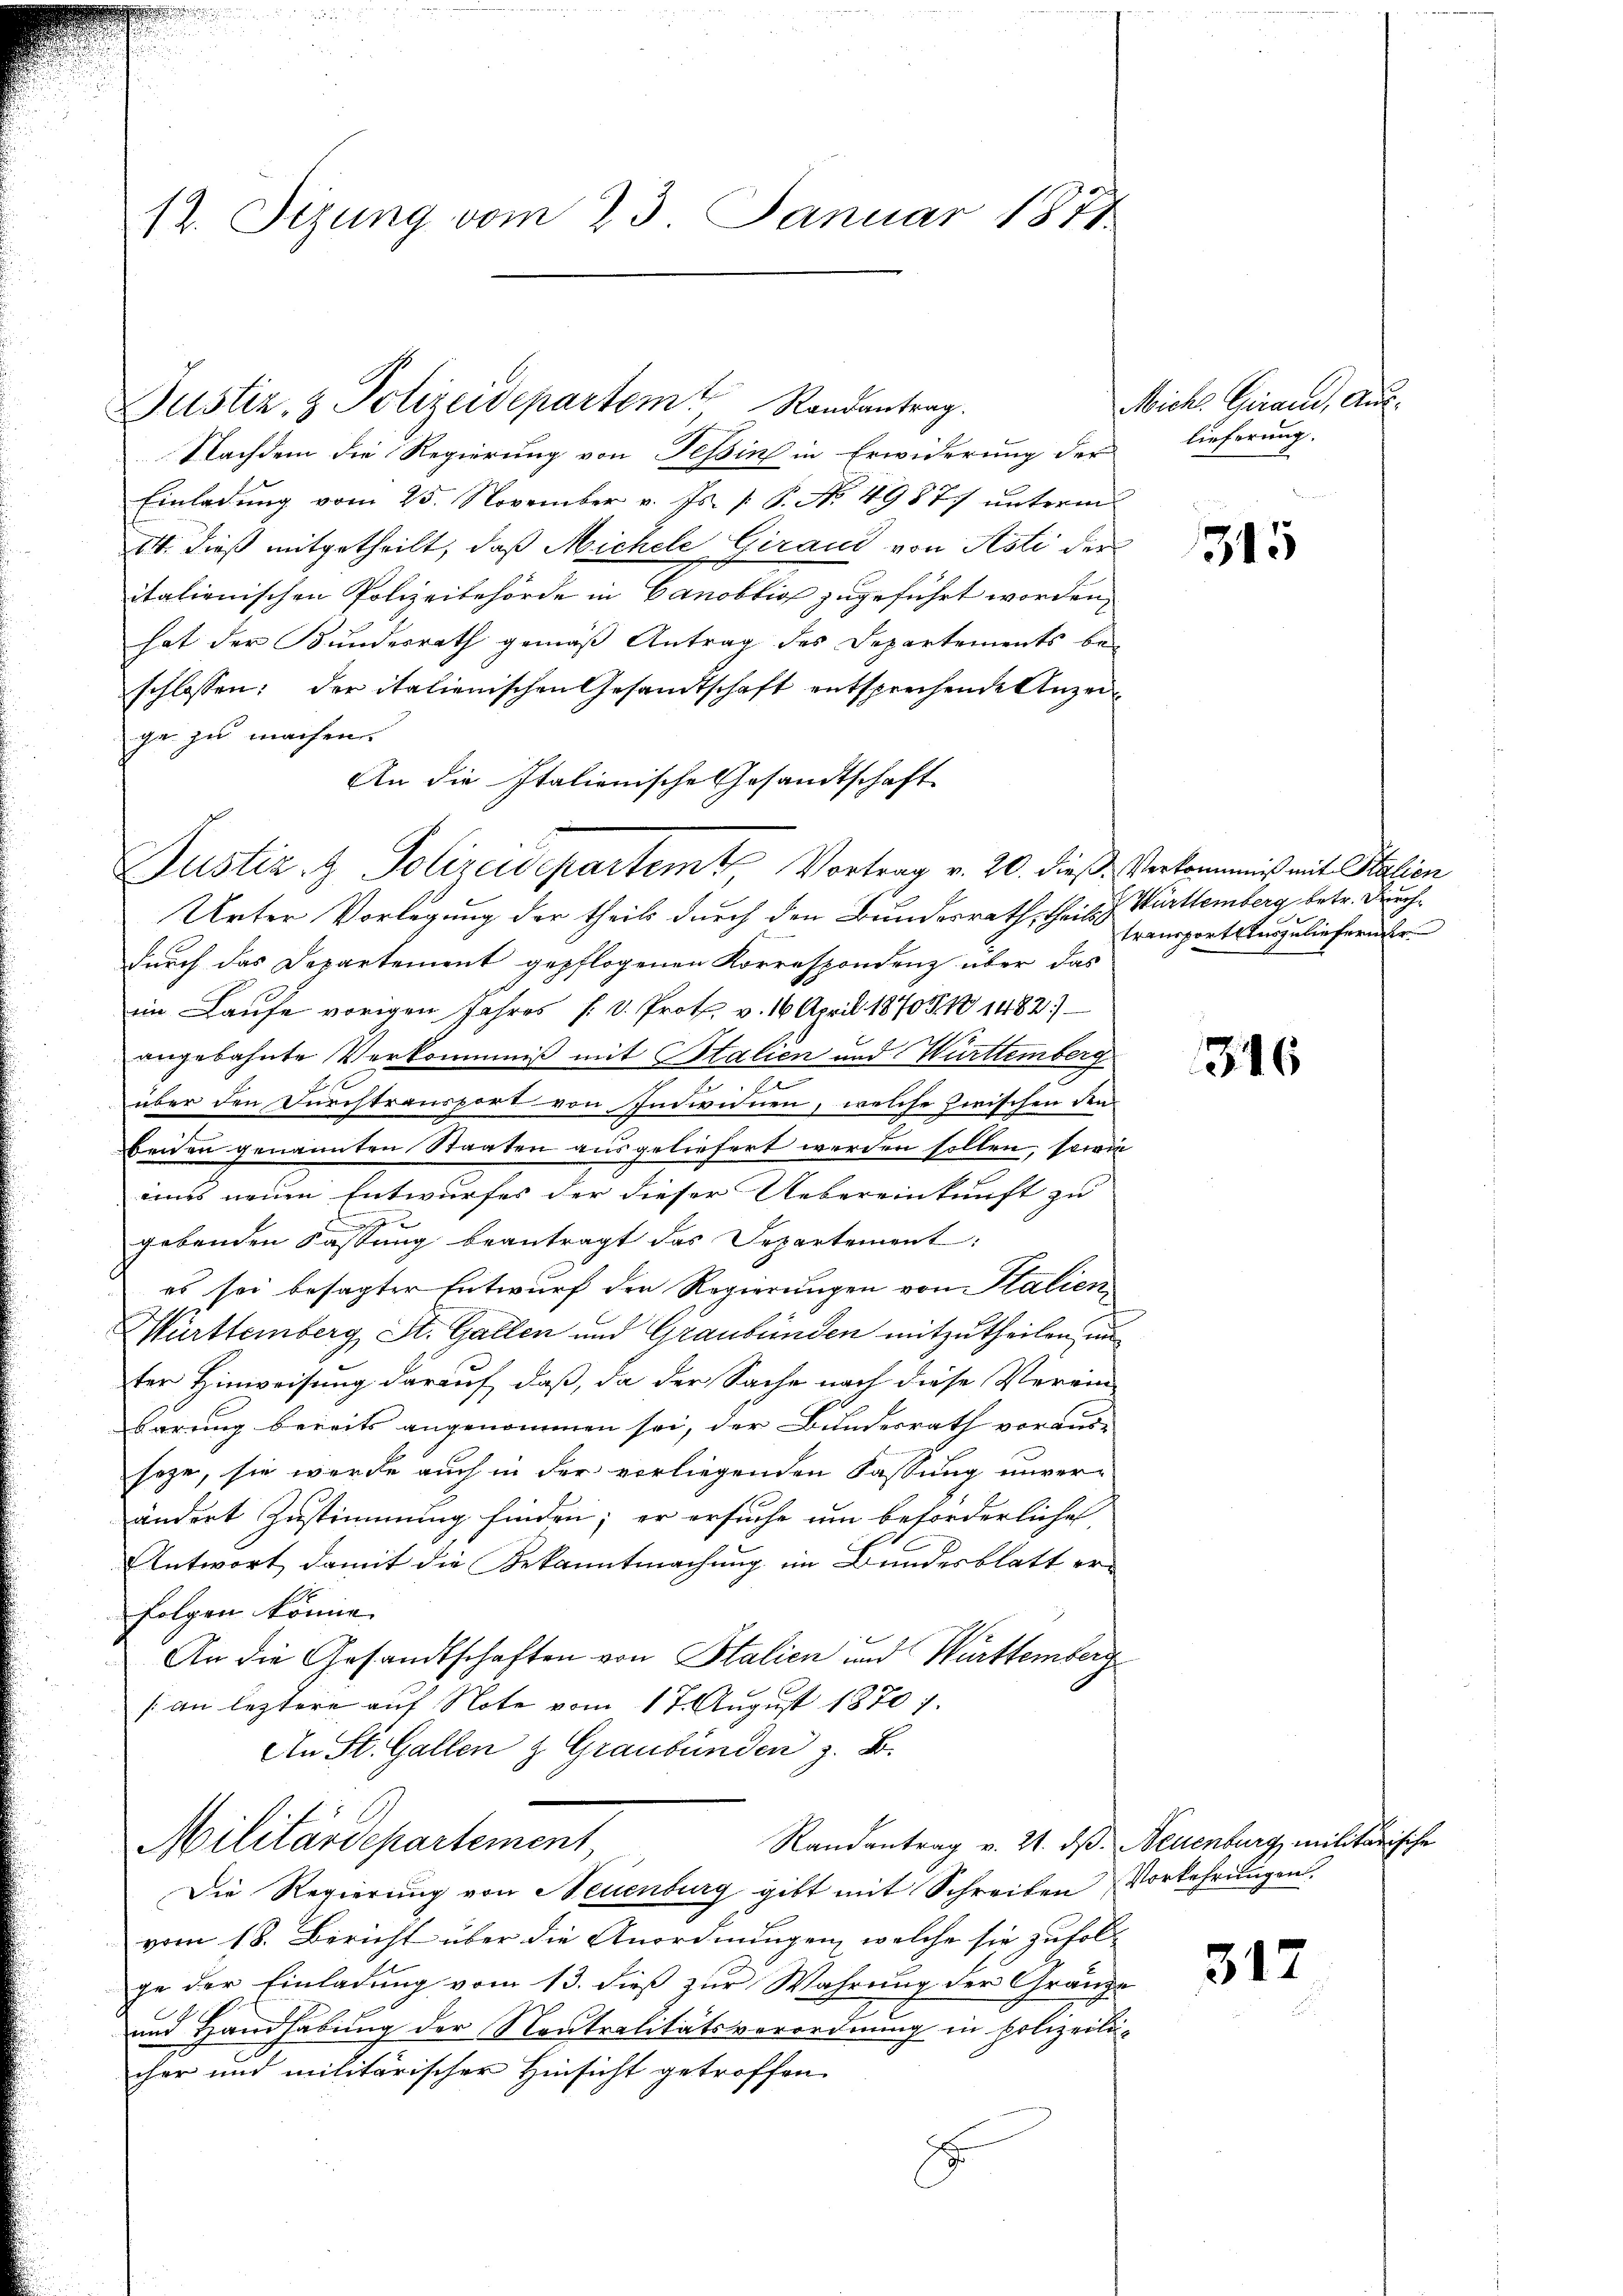
12. Sizung vom 23. Januar 1871

Nachdem die Regierung von Tessin in Erwiderung der
Einladung vom 25. November v. Js. [ P. No. 49877 unterm
14. dieß mitgetheilt, daß Michele Giraud von Asti der
italienischen Polizeibehörde in Canobtion zugeführt worden,
hat der Bundesrath gemäß Antrag des Departements be-
schlossen: der italienischen Gesandtschaft entsprechende Anzeiga zu machen.
An die Italienische Gesandtschaft
Justiz & Polizeidepartem Vortrag v. 20. dieß Verkommniß mit Station
Urter Vorlegung der theils durch den Bundesrath, theils z. Württemberg betr. Durchdurch das Departement gepflogenen Korrespondenz über das
im Laufe vorigen Jahres s. v. Prot. v. 16. April 18708. 10 1482)
angebahnte Verkommniß mit Stalien und Württemberg
über den Durchtransport von Individuen, welche zwischen den
beiden genannten Staaten ausgeliefert werden sollen, sowie
eines neuen Entwurfes der dieser Uebereinkunft zu
gebenden Kassŭng beantragt das Separtement:
es sei besagter Entwurf den Regierungen von Italien
Mürttemberg St. Gallen und Graubünden mitzutheilen, un
ter Hinweisung darauf, daß, da der Sache nach diese Verein-
barung bereits angenommen sei, der Bundesrath voraus-
seze, sie werde auch in der vorliegenden Fassung unver-
ändert Zustimmung finden; er ersuche um beförderliche
Antwort damit die Bekanntmachung im Bundesblatt erfolgen könne.
An die Gesandtschaften von Stalien und Württemberg
an leztere auf Note vom 17. August 1870 7.
An St. Gallen & Graubünden z. B.
Militärdepartement
Randantrag v. 21. ds. Neuenburg, militärise
Die Regierung von Neuenburg gibt mit Schreiben Vorkehrungen.
vom 18. Bericht über die Anordnungen, welche sie zufol
ge der Einladung vom 13. dieß zur Wahrung der Gränze
und Handhabung der Neutralitätsverordnung in Polizeili-
cher und militärischer Hinsicht getroffen.
.

Justiz- & Polizeidepartem Randantrag.

Miche Grand, Auslieferung.

1345

transport Auszulieferner

316

312

Ehe